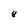
Character: 8